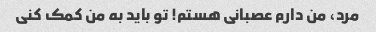
مرد، من دارم عصبانی هستم! تو باید به من کمک کنی